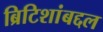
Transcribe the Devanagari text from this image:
ब्रिटिशांबद्दल